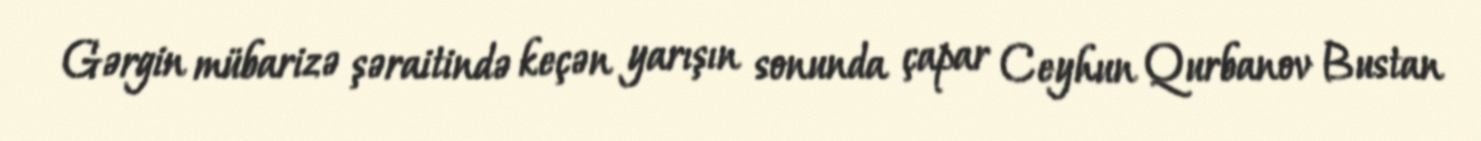
Gərgin mübarizə şəraitində keçən yarışın sonunda çapar Ceyhun Qurbanov Bustan